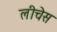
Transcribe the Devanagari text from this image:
लीचेस